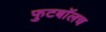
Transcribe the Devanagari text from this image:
फुटबाॅलच